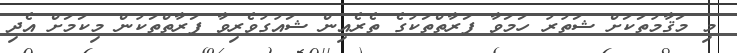
މި މަޤާމުތަކަށް ޝަތުރު ހަމަވާ ފަރާތްތަކުގެ ތެރެއިން ޝައުގުވެރިވާ ފަރާތްތަކުން މިކަމަށް އެދި